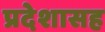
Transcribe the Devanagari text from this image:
प्रदेशासह